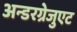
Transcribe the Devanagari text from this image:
अन्डरग्रेजुएट